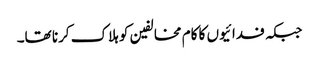
جبکہ فدائیوں کا کام مخالفین کو ہلاک کرنا تھا۔